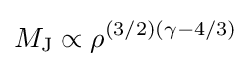
M_{\text{J}}\propto \rho ^{(3/2)(\gamma -4/3)}